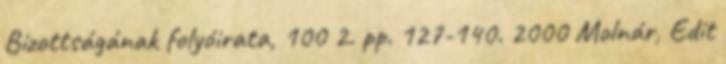
Bizottságának folyóirata, 100 2. pp. 127-140. 2000 Molnár, Edit